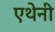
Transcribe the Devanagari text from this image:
एथेनी